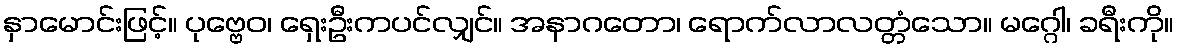
နှာမောင်းဖြင့်။ ပုဗ္ဗေဝ၊ ရှေးဦးကပင်လျှင်။ အနာဂတော၊ ရောက်လာလတ္တံသော။ မဂ္ဂေါ၊ ခရီးကို။